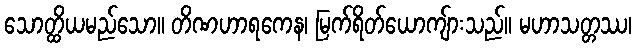
သောတ္ထိယမည်သော။ တိဏဟာရကေန၊ မြက်ရိတ်ယောကျ်ားသည်။ မဟာသတ္တဿ၊